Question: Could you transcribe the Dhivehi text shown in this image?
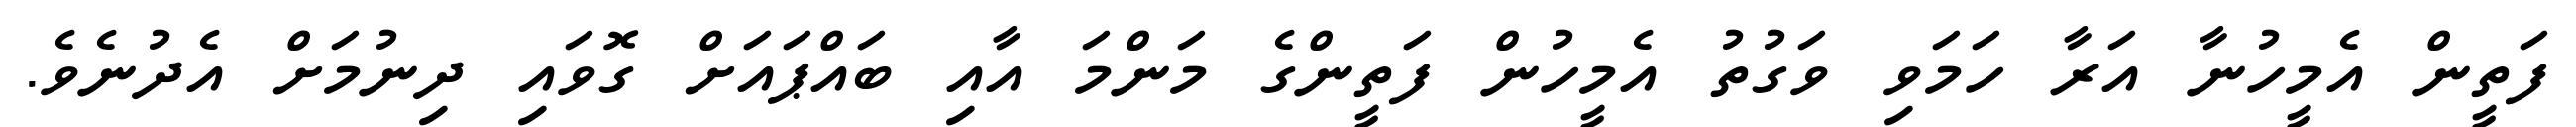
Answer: ފަތީން އެމީހުނާ އަރާ ހަމަވި ވަގުތު އެމީހުން ފަތީންގެ މަންމަ އާއި ބައްޕައަށް ގޮވައި ދިނުމަށް އެދުނެވެ.